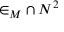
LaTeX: { \in _ { M } } \cap N ^ { 2 }